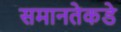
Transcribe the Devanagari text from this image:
समानतेकडे